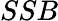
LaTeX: SSB